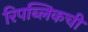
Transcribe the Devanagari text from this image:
रिपब्लिकची